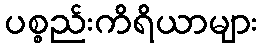
ပစ္စည်းကိရိယာများ